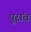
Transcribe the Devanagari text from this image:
पुरांव